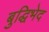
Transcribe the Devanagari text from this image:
बुद्धिभेद